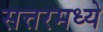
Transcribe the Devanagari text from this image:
सत्तरमध्ये